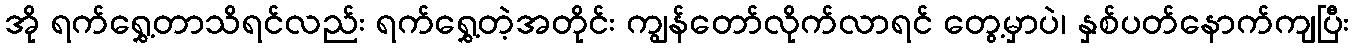
အို ရက်ရွှေ့တာသိရင်လည်း ရက်ရွှေ့တဲ့အတိုင်း ကျွန်တော်လိုက်လာရင် တွေ့မှာပဲ၊ နှစ်ပတ်နောက်ကျပြီး